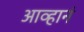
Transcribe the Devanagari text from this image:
आव्हानं